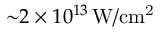
{ \sim } 2 \times 1 0 ^ { 1 3 } \, \mathrm { W / c m ^ { 2 } }